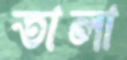
তালা